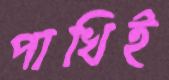
পাখিই